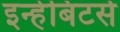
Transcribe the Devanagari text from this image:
इन्हेबिटर्स